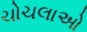
ચોચલાઓ